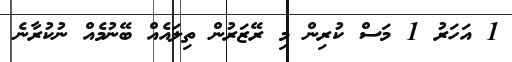
1 އަހަރު 1 މަސް ކުރިން މި ރޭޒަރުން ތިލައެއް ބޭނުމެއް ނުކުރާނެ